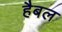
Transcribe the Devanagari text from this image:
हैबल